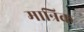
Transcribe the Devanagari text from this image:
मान्रिक